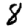
Digit: 8